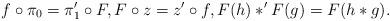
LaTeX: \begin{align*}f \circ \pi_0 = \pi_1' \circ F, F \circ z = z' \circ f, F(h) \ast' F(g) = F(h \ast g) . \end{align*}